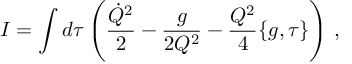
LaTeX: I = \int d \tau \left( \frac { \dot { Q } ^ { 2 } } { 2 } - \frac { g } { 2 Q ^ { 2 } } - \frac { Q ^ { 2 } } { 4 } \{ g , \tau \} \right) \, ,